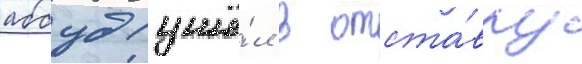
аббуд ушё́л в отста́вку